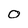
Character: O